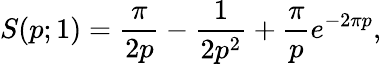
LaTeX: S(p;1)=\frac{\pi}{2p}-\frac{1}{2p^{2}}+\frac{\pi}{p}e^{-2\pi p},